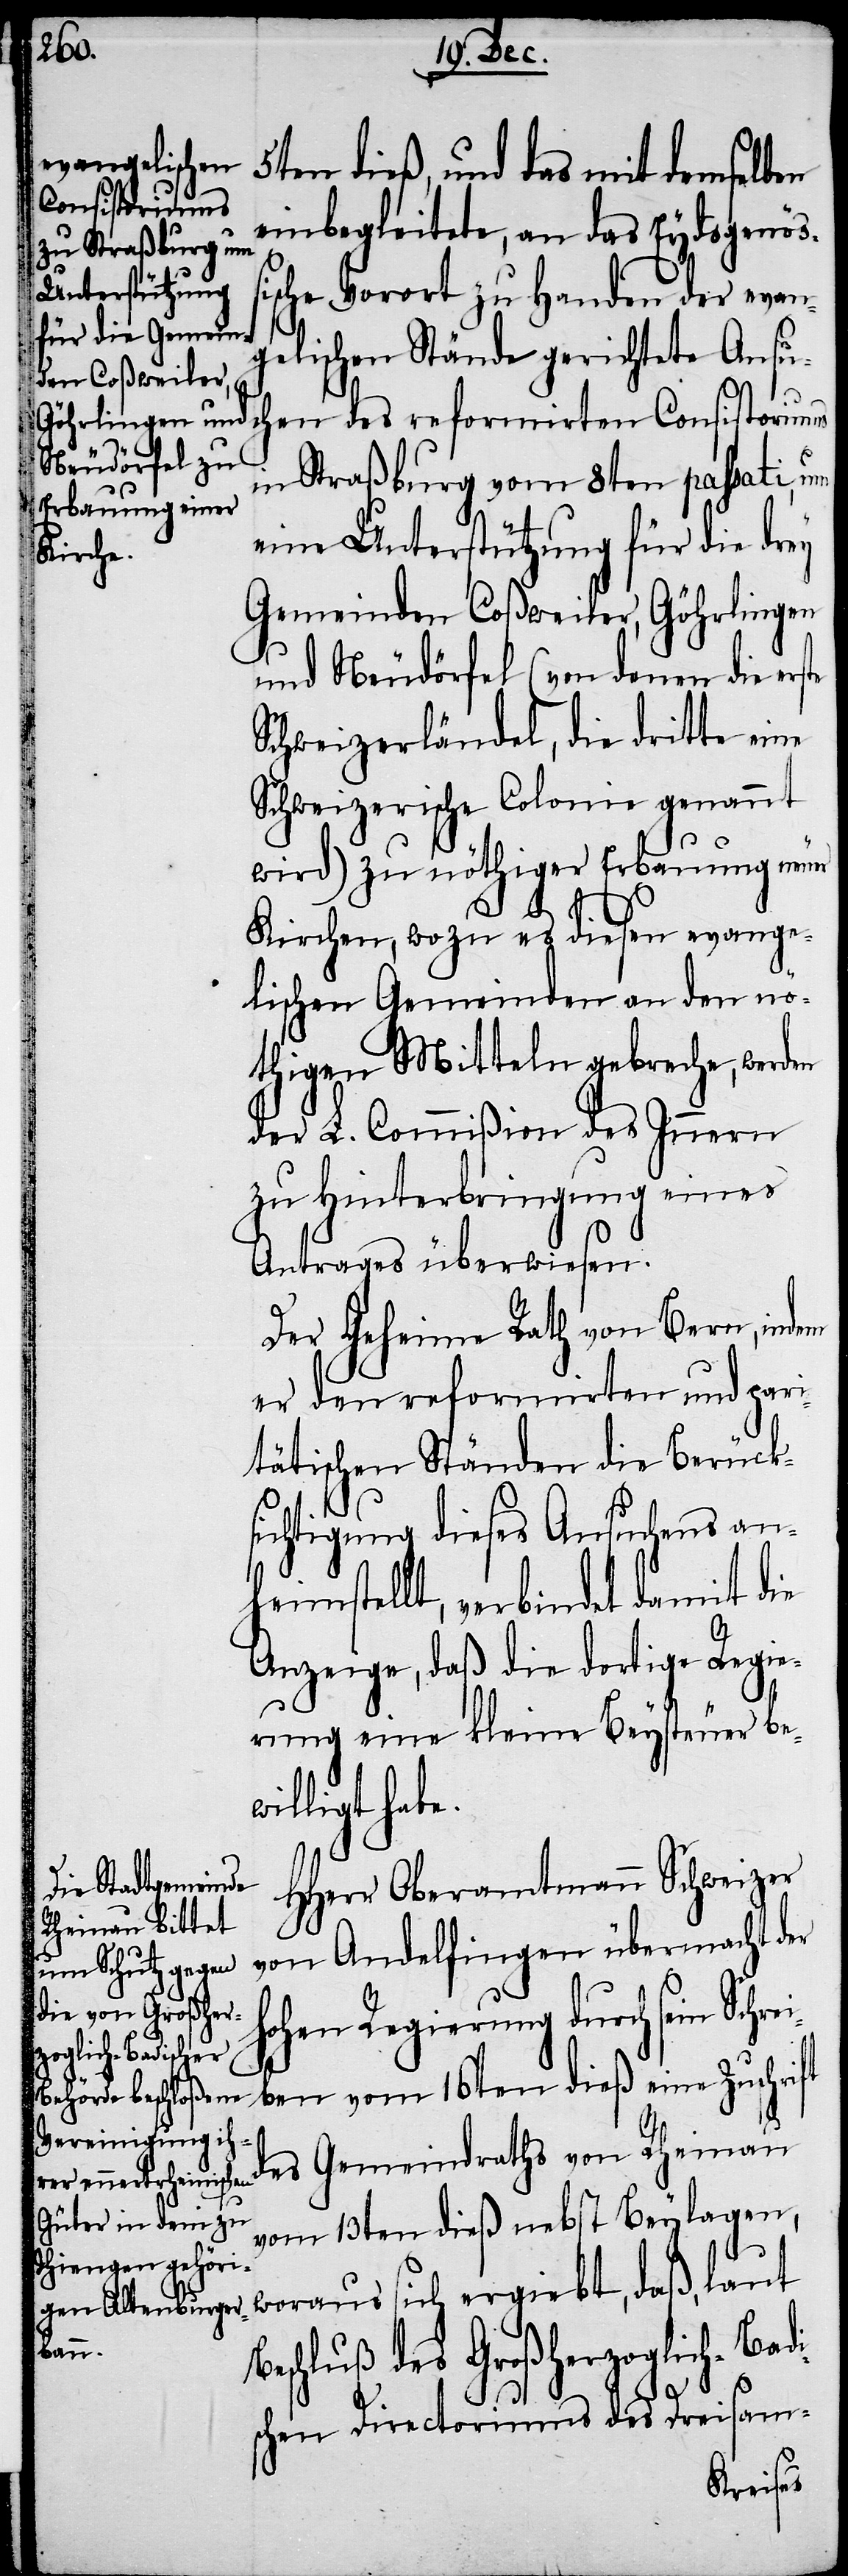
5ten dieß, und das mit demselben
Consistoriums
einbegleitete, an das Eydsgenöß¬
ische Vorort zu Handen der evang¬
elischen Stände gerichtete Ansu¬
in Straßburg vom 8ten passati, um
eine Unterstützung für die drey
Gemeinden Coßweiler, Göhrlingen
und Neudörfel (von denen die erste
Schweizerländel, die dritte eine
Schweizerische Colonie genannt
wird) zu nöthiger Erbauung neuer
Kirchen, wozu es diesen evange¬
lischen Gemeinden an den nö¬
thigen Mitteln gebreche, werden
der L. Commißion des Innern
zu Hinterbringung eines
Antrages überwiesen.
Der Geheime Rath von Bern, indem
er den reformirten und pari¬
tätischen Ständen die Berücks¬
ichtigung diese Ansuchens an¬
heimstellt, verbindet damit die
Anzeige, daß die dortige Regie¬
rung eine kleine Beysteuer be¬
willigt habe.
HHerr Oberamtmann Schweizer
von Andelfingen übermacht der
ohen Regierung durch sein Schre¬
ben vom 16ten dieß eine Zuschrift
sc¬
des Gemeindraths von Rheinau
vom 13ten dieß nebst Beylagen,
woraus sich ergiebt, daß, laut
Beschluß des Großherzoglich-Badi¬
hen Directoriums des Dreisam-